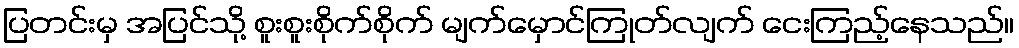
ပြတင်းမှ အပြင်သို့ စူးစူးစိုက်စိုက် မျက်မှောင်ကြုတ်လျက် ငေးကြည့်နေသည်။